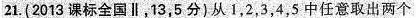
21.(2013课标全国 \parallel，13，5分)从1，2，3，4，5中任意取出两个